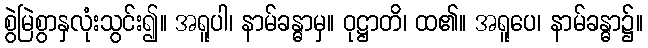
စွဲမြဲစွာနှလုံးသွင်း၍။ အရူပါ၊ နာမ်ခန္ဓာမှ။ ဝုဋ္ဌာတိ၊ ထ၏။ အရူပေ၊ နာမ်ခန္ဓာ၌။